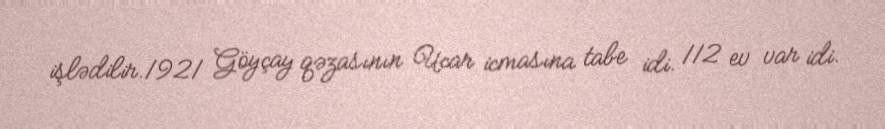
işlədilir.1921 Göyçay qəzasının Ucar icmasına tabe idi. 112 ev var idi.